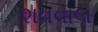
શવવાલ